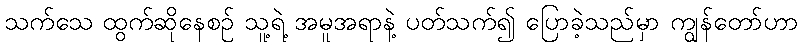
သက်သေ ထွက်ဆိုနေစဉ် သူ့ရဲ့ အမူအရာနဲ့ ပတ်သက်၍ ပြောခဲ့သည်မှာ ကျွန်တော်ဟာ